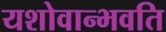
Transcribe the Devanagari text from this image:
यशोवान्भवति